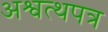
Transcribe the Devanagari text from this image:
अश्वत्थपत्र